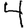
Digit: 4